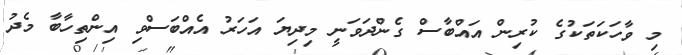
މި ވާހަކަތަކުގެ ކުރިން އައްބާސް ގެންދަވަނީ މިދިޔަ އަހަރު އެއްބަސްވި އިންތިހާބާ މެދު